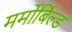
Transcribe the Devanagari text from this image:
मर्मोर्बिल्ड